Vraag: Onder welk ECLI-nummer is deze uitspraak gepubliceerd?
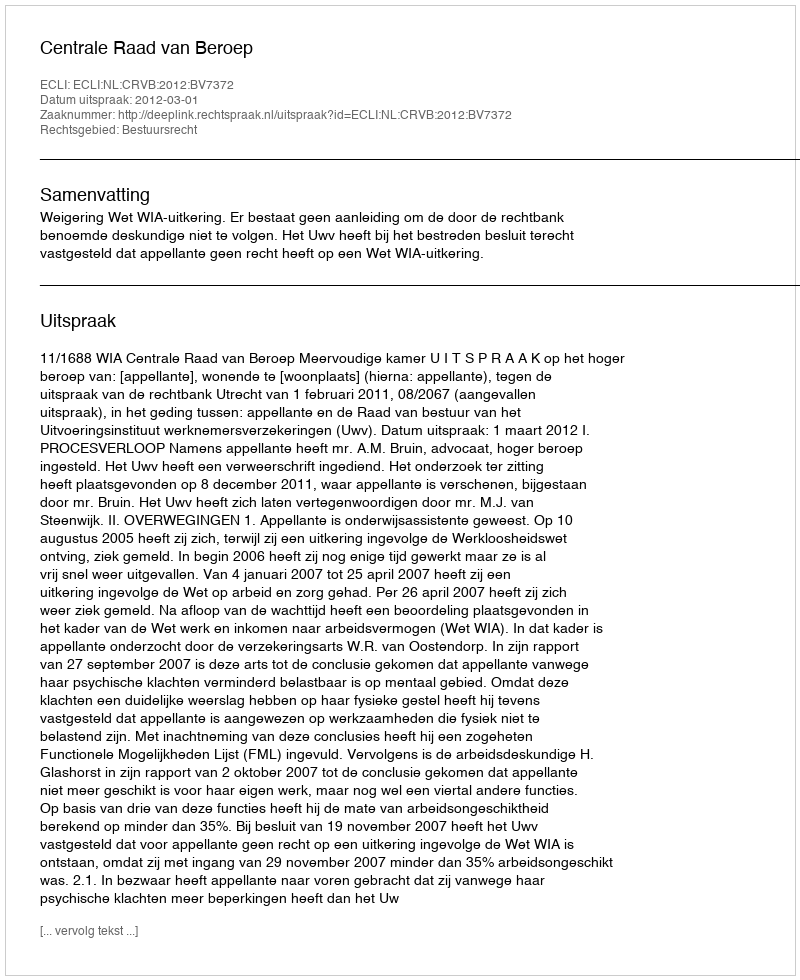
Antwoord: ECLI:NL:CRVB:2012:BV7372